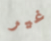
غير